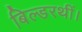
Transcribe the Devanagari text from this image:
बिल्डरथीं।